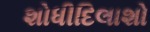
શોધીદિલાશો